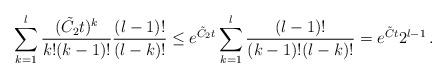
LaTeX: \begin{align*}\sum_{k=1}^l \frac{(\tilde{C_2}t)^k}{k! (k-1)!} \frac{(l-1)!}{(l-k)!} & \leq e^{\tilde{C}_2 t} \sum_{k=1}^l \frac{(l-1)!}{(k-1)! (l-k)!} = e^{\tilde{C}t} 2^{l-1}\,. \end{align*}